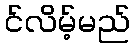
င်လိမ့်မည်